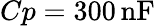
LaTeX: Cp=300\, \mathrm{nF}